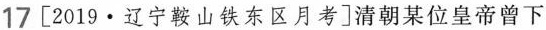
17[2019·辽宁鞍山铁东区月考]清朝某位皇帝曾下